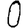
Digit: 0